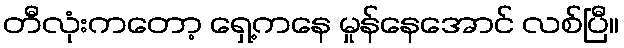
တီလုံးကတော့ ရှေ့ကနေ မှုန်နေအောင် လစ်ပြီ။